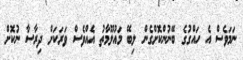
ނަމަވެސް އެ ހައްގުގެ ބޭނުންކޮށްގެން ލިބޭ މައުލޫމާތު އެއްވެސް ވަރަކަށް ދިރާސާ ނުކޮށް